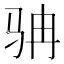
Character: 𩧬